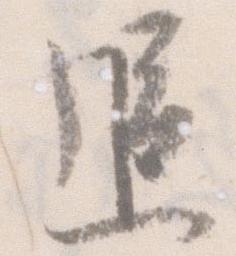
追